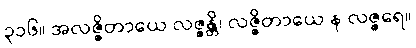
၃၁၆။ အလဇ္ဇိတာယေ လဇ္ဇန္တိ၊ လဇ္ဇိတာယေ န လဇ္ဇရေ။